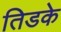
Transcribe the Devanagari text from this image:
तिडके